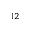
^ { 1 2 }